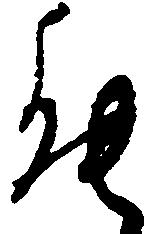
能